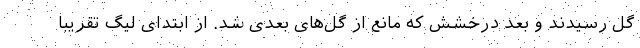
گل رسیدند و بعد درخشش که مانع از گل‌های بعدی شد. از ابتدای لیگ تقریباً